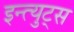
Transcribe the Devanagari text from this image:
इन्त्युट्स